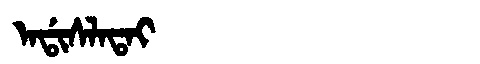
Manchu: ᠠᡩᡳᠰᠯᠠᡨᠠᡳ
Romanization: ADISLATAI